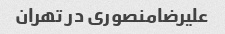
علیرضامنصوری در تهران